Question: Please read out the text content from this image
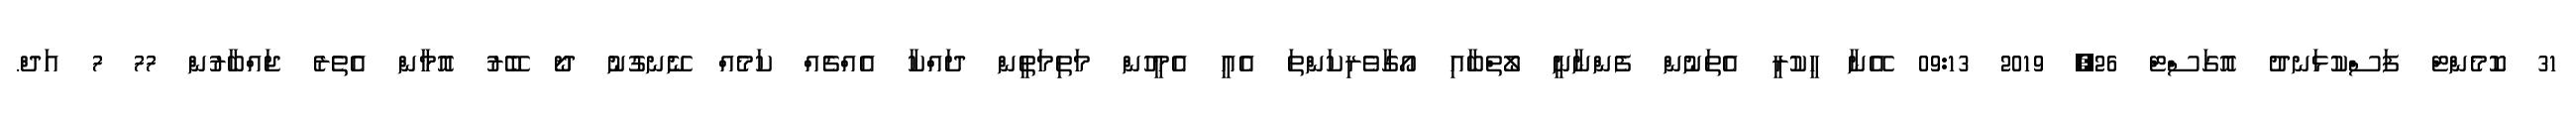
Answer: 31 ކޮމެންޓް ފަސްކުޅަނދު އޮގަސްޓް 26, 2019 09:13 އޭނާ ހީކުރީ އެތަނުން ފެންނާނީ ލޯތްބާއި އޯގާވެރިކަންތަ އެއީ އެމީހުން މަތިމަތީން ދައްކާ އެއްޗެއް ކަމެއް ނޭނގުނު ދޯ ބޭރު އޮމާން އެތެރެ ޖައްބާރުން 77 7 އަދް.